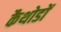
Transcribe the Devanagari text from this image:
कैथोडों